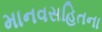
માનવસહિતના